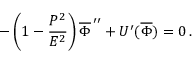
- \left( 1 - \frac { P ^ { 2 } } { E ^ { 2 } } \right) \overline { { { \Phi } } } ^ { \, \prime \prime } + U ^ { \prime } ( \overline { { { \Phi } } } ) = 0 \, .